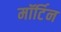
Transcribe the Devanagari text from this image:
मॉर्टिन